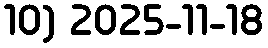
10) 2025-11-18